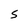
Character: 5